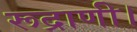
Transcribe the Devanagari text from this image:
रूद्राणी।